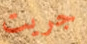
جريت